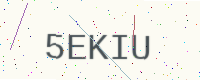
Text: 5EKIU